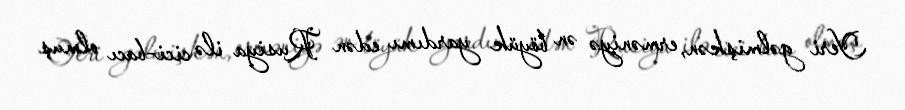
Yeri gəlmişkən, erməniyə ən böyük yardımı edən Rusiya ilə cici-bacı olmuş